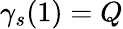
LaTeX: \gamma_{s}(1)=Q